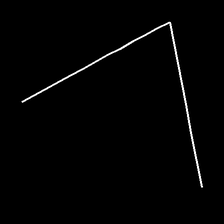
Glyph: region